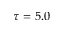
\tau = 5 . 0